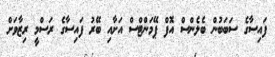
ފައިސާގެ ސަބަބުން ބެލެންސް އޮފް ޕޭމަންޓްސް އަށާއި ބޭރު ފައިސާގެ ރަސްމީ ރިޒާވަށް